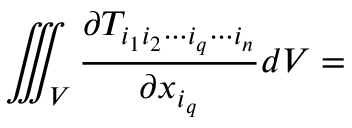
\iiint _ { V } { \frac { \partial T _ { i _ { 1 } i _ { 2 } \cdots i _ { q } \cdots i _ { n } } } { \partial x _ { i _ { q } } } } d V =